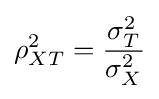
\rho _{XT}^{2}={\frac {\sigma _{T}^{2}}{\sigma _{X}^{2}}}